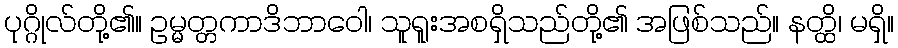
ပုဂ္ဂိုလ်တို့၏။ ဥမ္မတ္တကာဒိဘာဝေါ၊ သူရူးအစရှိသည်တို့၏ အဖြစ်သည်။ နတ္ထိ၊ မရှိ။